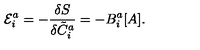
{ \cal E } _ { i } ^ { a } = - \frac { \delta S } { \delta { \tilde { C } } _ { i } ^ { a } } = - B _ { i } ^ { a } [ A ] .